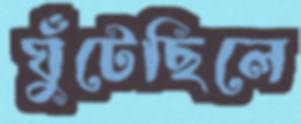
ঘুঁটেছিলে